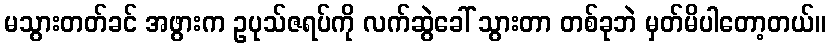
မသွားတတ်ခင် အဖွားက ဥပုသ်ဇရပ်ကို လက်ဆွဲခေါ် သွားတာ တစ်ခုဘဲ မှတ်မိပါတော့တယ်။